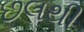
છલથી